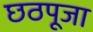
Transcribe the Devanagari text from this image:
छठपूजा